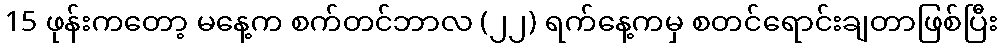
15 ဖုန်းကတော့ မနေ့က စက်တင်ဘာလ (၂၂) ရက်နေ့ကမှ စတင်ရောင်းချတာဖြစ်ပြီး